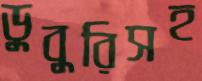
ডুবুরিসহ